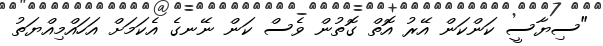
"ސިޔާސީ ކަންކަން އޭރު އޮތް ގޮތުން ވެސް ކަން ނޭނގެ އެކަމަށް އަހައްމިއްޔަތު